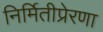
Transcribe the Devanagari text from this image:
निर्मितीप्रेरणा